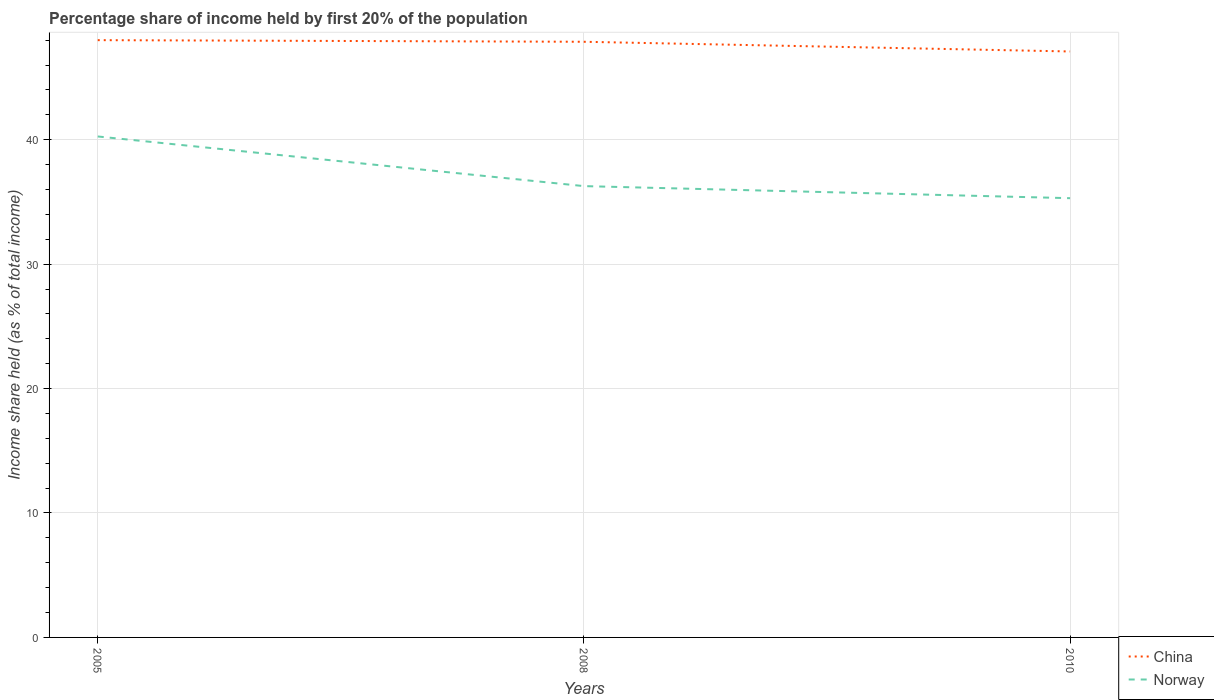
| Years | China | Norway |
 | --- | --- | --- |
 | 2005 | 48 | 40.3 |
 | 2008 | 47.9 | 36.3 |
 | 2010 | 47.1 | 35.3 |